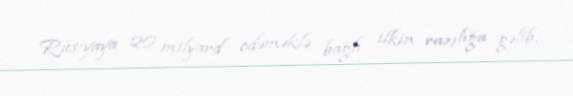
Rusiyaya 20 milyard ödəməklə bağlı ilkin razılığa gəlib.